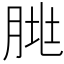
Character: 𰮥